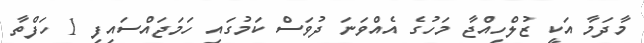
މާދަމާ އަކީ ޒުލްހިއްޖާ މަހުގެ އެއްވަނަ ދުވަސް ކަމުގައި ހަމަޖައްސައިފި 1 ހަފްތާ